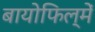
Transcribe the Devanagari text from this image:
बायोफिल्में